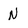
Character: N